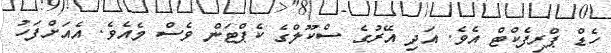
ހެޑް ޕްރިފެކްޓް އެވެ. އަދި އޭރުގެ ސްކޫލްގެ ކެޕްޓަން ވެސް މެއެވެ. އެއަށްފަހު